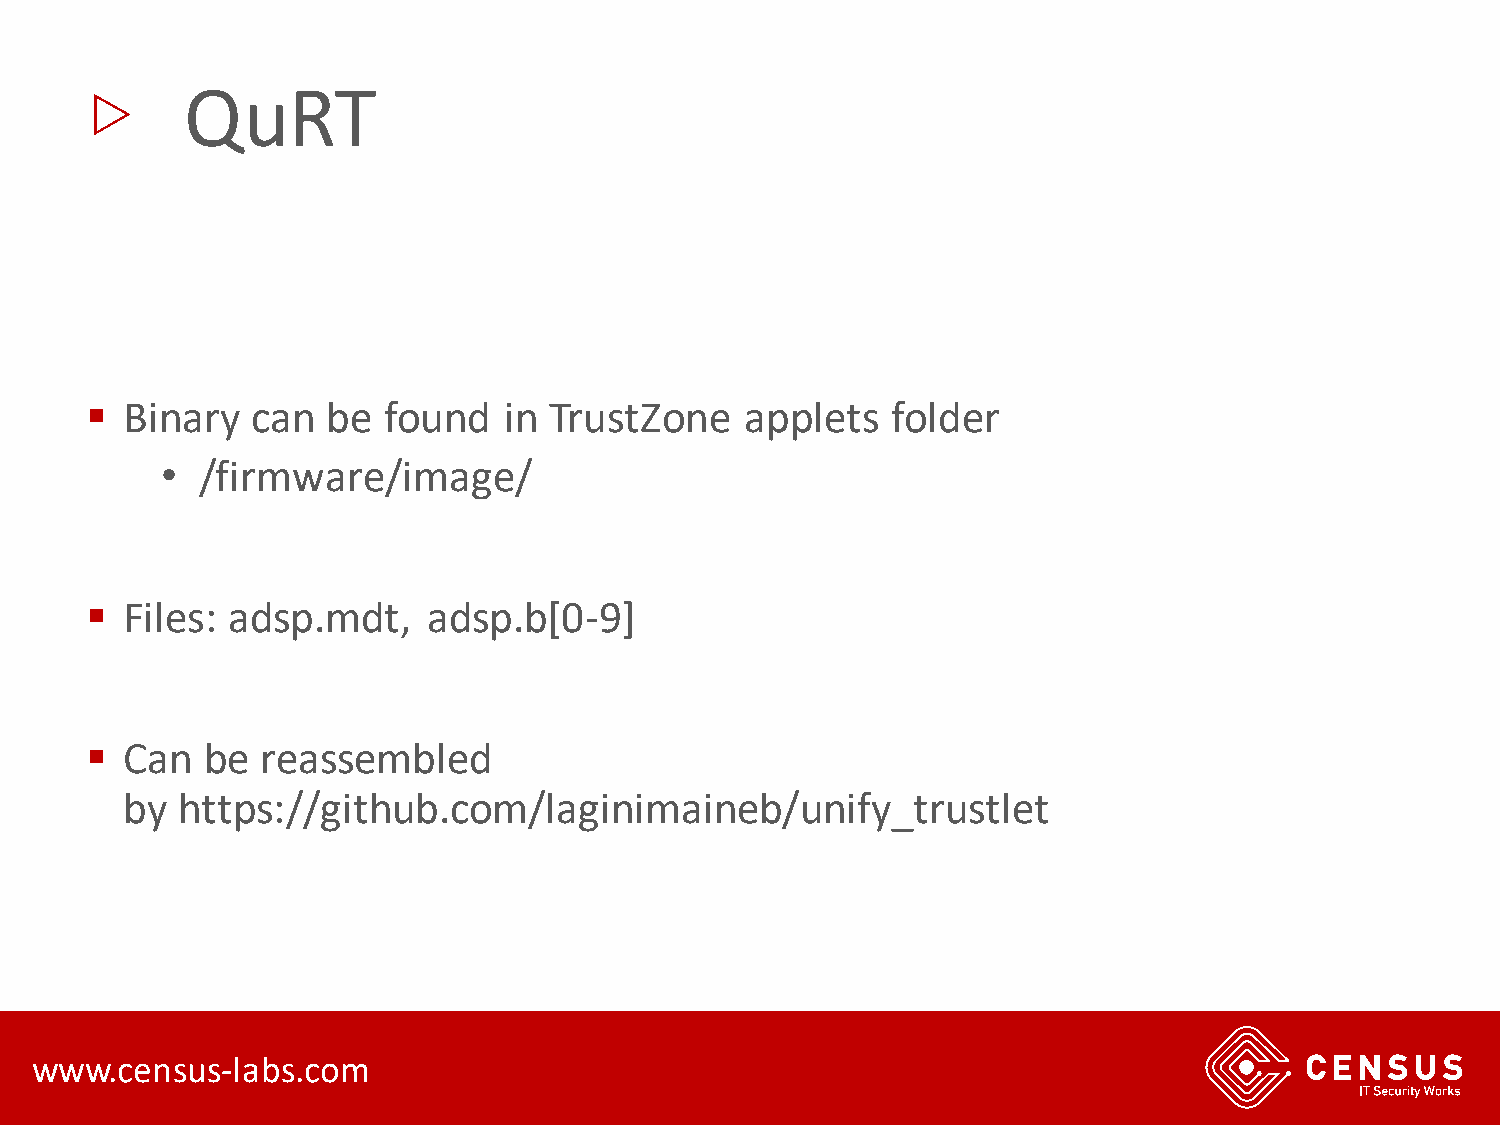
▷
 QuRT
 ▪ Binary   can  be found   in TrustZone    applets   folder
 • /firmware/image/
 ▪ Files: adsp.mdt,    adsp.b[0-9]
 ▪ Can   be reassembled
 by  https://github.com/laginimaineb/unify_trustlet
 www.census-labs.com